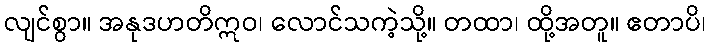
လျင်စွာ။ အနုဒဟတိဣဝ၊ လောင်သကဲ့သို့။ တထာ၊ ထို့အတူ။ ဧတာပိ၊